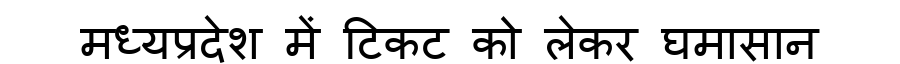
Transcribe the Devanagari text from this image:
मध्यप्रदेश में टिकट को लेकर घमासान